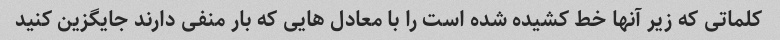
کلماتی که زیر آنها خط کشیده شده است را با معادل هایی که بار منفی دارند جایگزین کنید